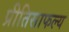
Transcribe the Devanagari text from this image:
प्रीतिसाफल्य